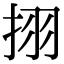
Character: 挧